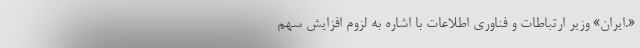
«.ایران» وزیر ارتباطات و فناوری اطلاعات با اشاره به لزوم افزایش سهم